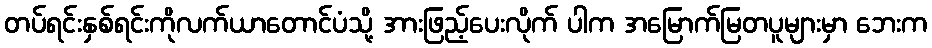
တပ်ရင်းနှစ်ရင်းကိုလက်ယာတောင်ပံသို့ အားဖြည့်ပေးလိုက် ပါက အမြောက်မြတပူများမှာ ဘေးက